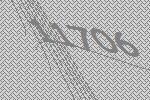
11706